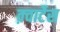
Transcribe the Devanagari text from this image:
क़्वार्टेस